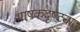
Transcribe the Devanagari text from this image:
भाषकदृष्ट्या